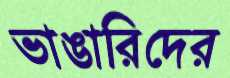
ভাঙারিদের